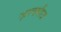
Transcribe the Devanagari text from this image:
ज़रक्सीज